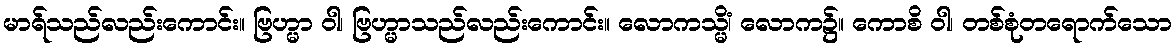
မာရ်သည်လည်းကောင်း။ ဗြဟ္မာ ဝါ၊ ဗြဟ္မာသည်လည်းကောင်း။ လောကသ္မိံ၊ လောက၌။ ကောစိ ဝါ၊ တစ်စုံတရောက်သော